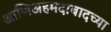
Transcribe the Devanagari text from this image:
आणिअहमदाबादच्या